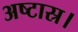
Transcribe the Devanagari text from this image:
अष्टास्र।